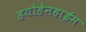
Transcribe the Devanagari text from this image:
हयोहेनहाईम